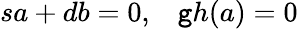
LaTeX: sa+db=0,\; \; \; \mathtt{g}h(a)=0